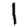
Digit: 1